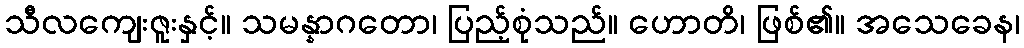
သီလကျေးဇူးနှင့်။ သမန္နာဂတော၊ ပြည့်စုံသည်။ ဟောတိ၊ ဖြစ်၏။ အသေခေန၊